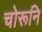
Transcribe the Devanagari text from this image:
चोरूनि